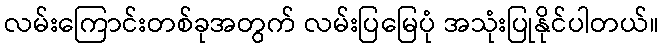
လမ်းကြောင်းတစ်ခုအတွက် လမ်းပြမြေပုံ အသုံးပြုနိုင်ပါတယ်။